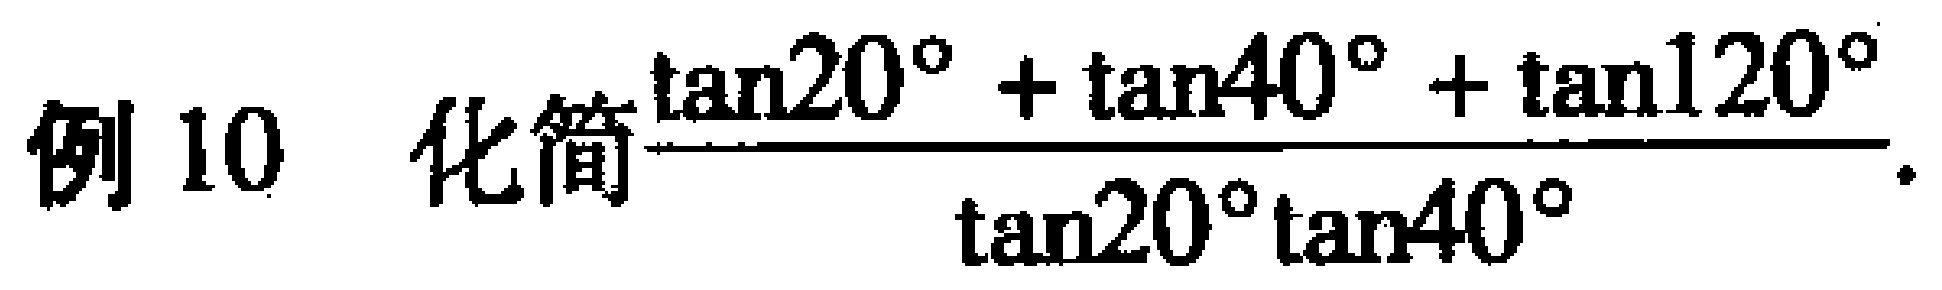
例 10 化简$\frac{\tan20^{\circ}+\tan40^{\circ}+\tan120^{\circ}}{\tan20^{\circ}\tan40^{\circ}}$